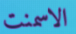
الاسمنت